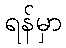
ရန်မှာ